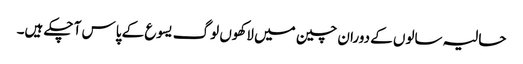
حالیہ سالوں کے دوران چین میں لاکھوں لوگ یسوع کے پاس آ چکے ہیں۔